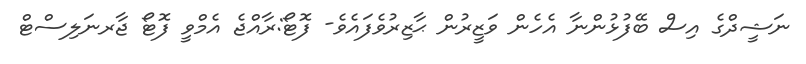
ނަޝީދްގެ އިސް ބޭފުޅުންނާ އެހެން ވަޒީރުން ޙާޒިރުވެފައެވެ- ފޮޓޯ:ރާއްޖެ އެމްވީ ފޮޓޯ ޖާރނަލިސްޓް